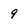
Character: 9